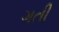
ગતી